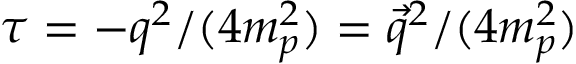
\tau = - q ^ { 2 } / ( 4 m _ { p } ^ { 2 } ) = \vec { q } ^ { 2 } / ( 4 m _ { p } ^ { 2 } )